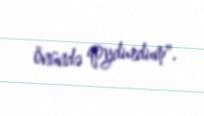
önündə qoydurdum".